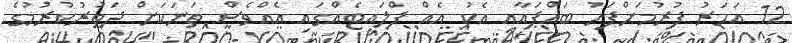
12 އަހަރު ފުރުމަށްފަހު ބައްޕައާއި އެކު އެއް ފްލައިޓެއްގައި އެއްވެސް ތަނަކަށް ދަތުރުކުރުމުގެ